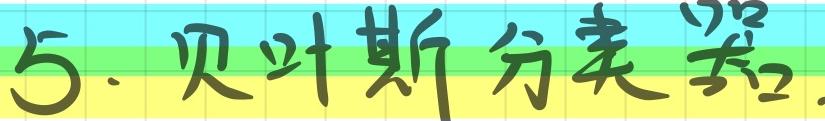
5. 贝叶斯分类器